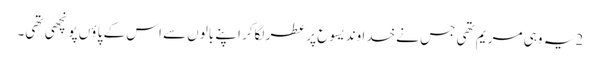
2 یہ وہی مر یم تھی جس نے خدا وند یسوع پر عطر لگاکر اپنے بالوں سے اس کے پا ؤں پونچھی تھی۔